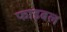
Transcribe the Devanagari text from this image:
फाइबल